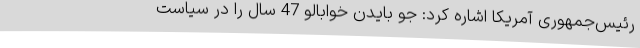
رئیس‌جمهوری آمریکا اشاره کرد: جو بایدن خوابالو 47 سال را در سیاست